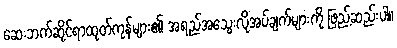
ဆေးဘက်ဆိုင်ရာထုတ်ကုန်များ၏ အရည်အသွေးလိုအပ်ချက်များကို ဖြည့်ဆည်းပါ။